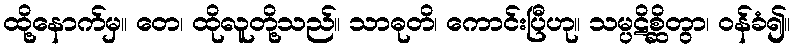
ထို့နောက်မှ။ တေ၊ ထိုလူတို့သည်။ သာဓုတိ၊ ကောင်းပြီဟု။ သမ္ပဋိစ္ဆိတွာ၊ ဝန်ခံ၍။